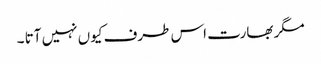
مگر بھارت اس طرف کیوں نہیں آتا ۔